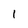
Character: 1